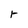
Character: r